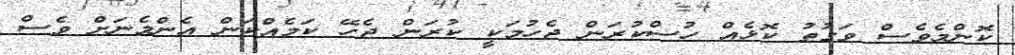
ކޮންމެވެސް ވަގުތު ކޮޅެއް ހުސްކުރަން ޖެހުމަކީ ކުރަން ޖެހޭ ކަމެއްކަން އެންމެނަށް ވެސް